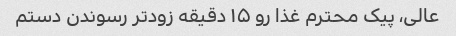
عالی، پیک محترم غذا رو ۱۵ دقیقه زودتر رسوندن دستم